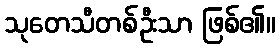
သုတေသီတစ်ဦးသာ ဖြစ်၏။